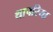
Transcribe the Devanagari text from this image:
थापरिया